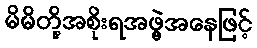
မိမိတို့အစိုးရအဖွဲ့အနေဖြင့်